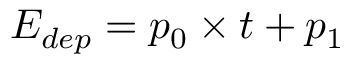
E _ { d e p } = p _ { 0 } \times t + p _ { 1 }